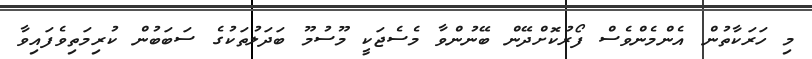
މި ހަރަކާތުން އެންމެންވެސް ފޯރުކޮށްދޭން ބޭނުންވާ މެސެޖަކީ މޫސުމޫ ބަދަލުތަކުގެ ސަބަބުން ކުރިމަތިވެފައިވާ